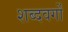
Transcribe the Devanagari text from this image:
शब्दवर्गों